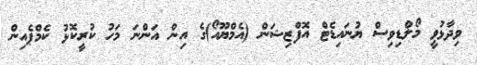
ވިދާޅުވީ މޯލްޑިވިސް ޔުނައިޑެޓް އޮފްޒިޝަން (އެމްޔޫއޯ)ގެ އިން އަންނަ މަހު ކުރީކޮޅު ކެމްޕެއިން